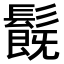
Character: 𩯂